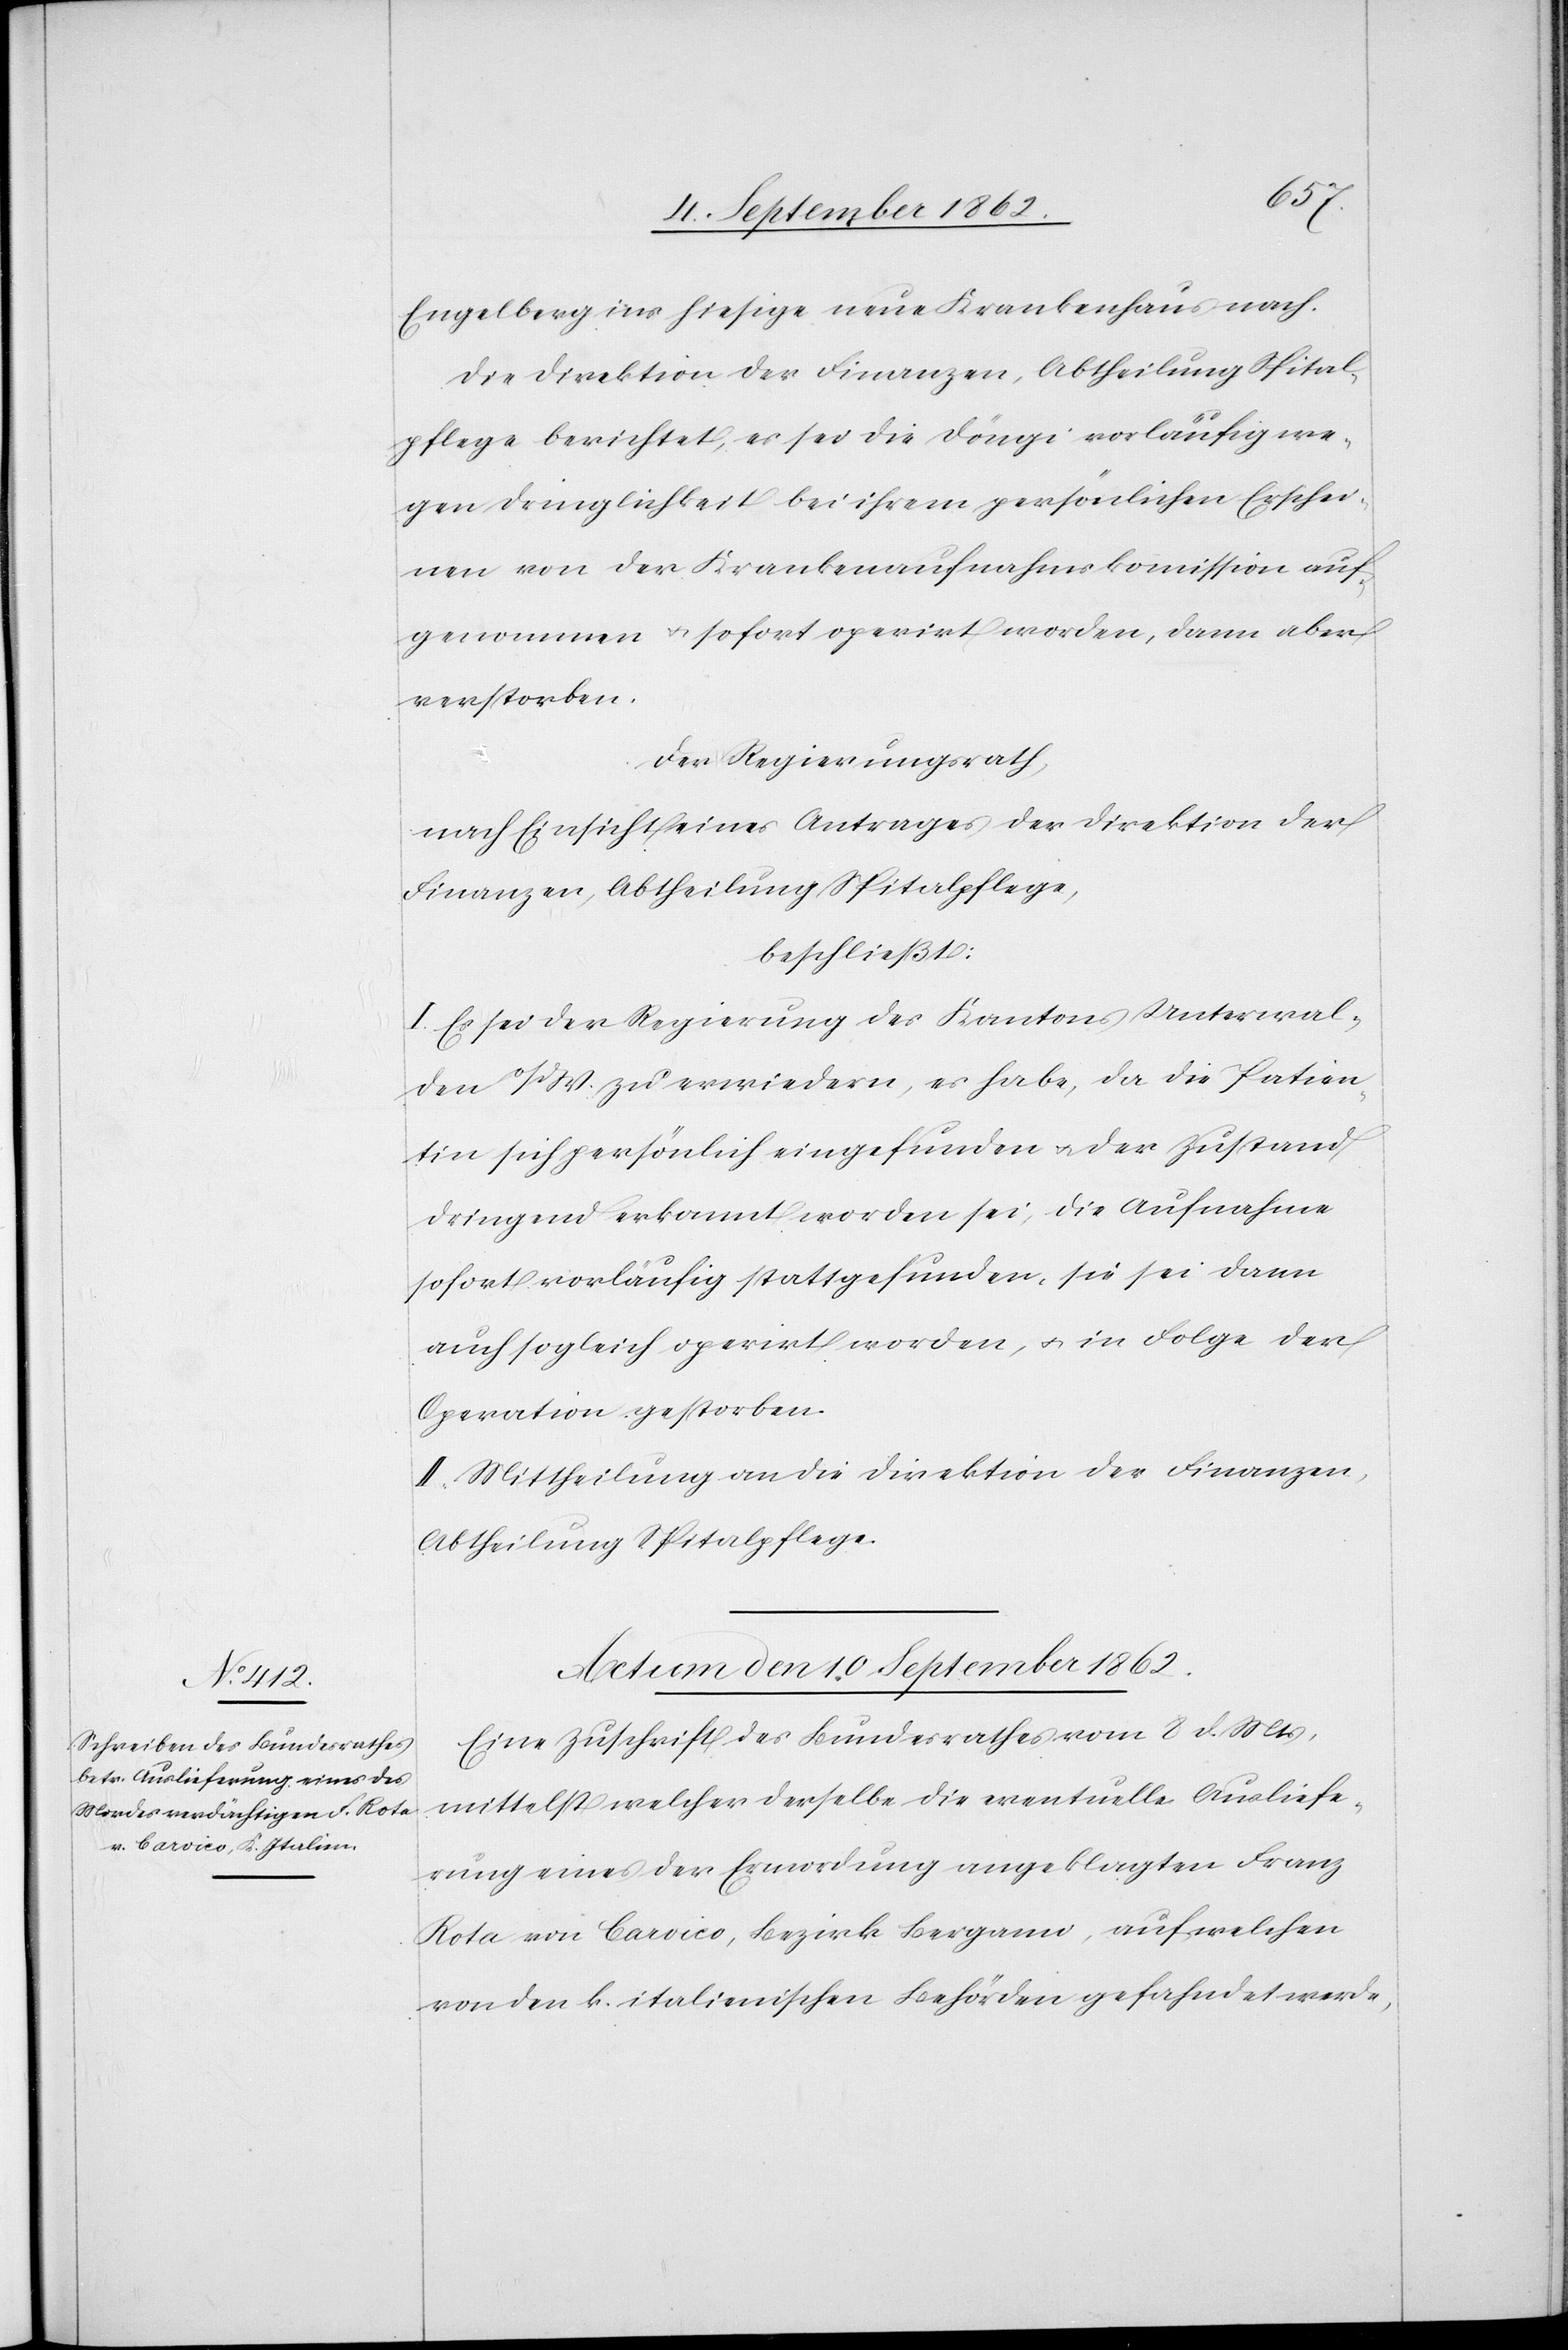
Engelberg ins hiesige neue Krankenhaus nach.
Die Direktion der Finanzen, Abtheilung Spital¬
pflege berichtet, es sei die Döngi vorläufig we¬
gen Dringlichkeit bei ihrem persönlichen Erschei¬
nen von der Krankenaufnahmskommission auf¬
genommen u. sofort operirt worden, dann aber
verstorben.
Der Regierungsrath,
nach Einsicht eines Antrages der Direktion der
Finanzen, Abtheilung Spitalpflege,
beschließt:
I. Es sei der Regierung des Kantons Unterwal¬
den o/dW. zu erwiedern, es habe, da die Patien¬
tin sich persönlich eingefunden u. der Zustand
dringend erkannt worden sei, die Aufnahme
sofort vorläufig stattgefunden, sie sei dann
auch sogleich operirt worden, u. in Folge der
Operation gestorben.
II. Mittheilung an die Direktion der Finanzen,
Abtheilung Spitalpflege.
Actum den 10. September 1862.
Eine Zuschrift des Bundesrathes vom 8. d. Mts.,
mittelst welcher derselbe die eventuelle Ausliefe¬
rung eines der Ermordung angeklagten Franz
Rota von Carvico, Bezirk Bergamo, auf welchen
von den k. italienischen Behörden gefahndet werde,